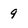
Character: 9